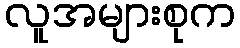
လူအများစုက